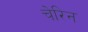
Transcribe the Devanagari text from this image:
चेरिन